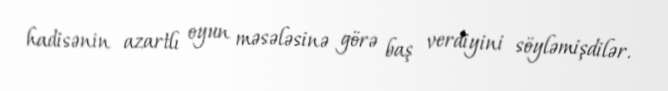
hadisənin azartlı oyun məsələsinə görə baş verdiyini söyləmişdilər.